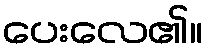
ပေးလေ၏။